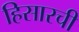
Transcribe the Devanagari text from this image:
हिसारची